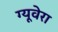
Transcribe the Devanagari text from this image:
ग्यूवेरा